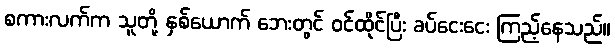
စကားလက်က သူတို့ နှစ်ယောက် ဘေးတွင် ဝင်ထိုင်ပြီး ခပ်ငေးငေး ကြည့်နေသည်။